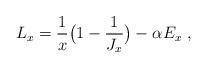
LaTeX: \begin{align*}L_x=\frac1x\big(1-\frac1{J_x}\big)-\alpha E_x\ ,\end{align*}